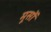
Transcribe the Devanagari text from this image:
मूसों